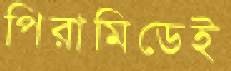
পিরামিডেই